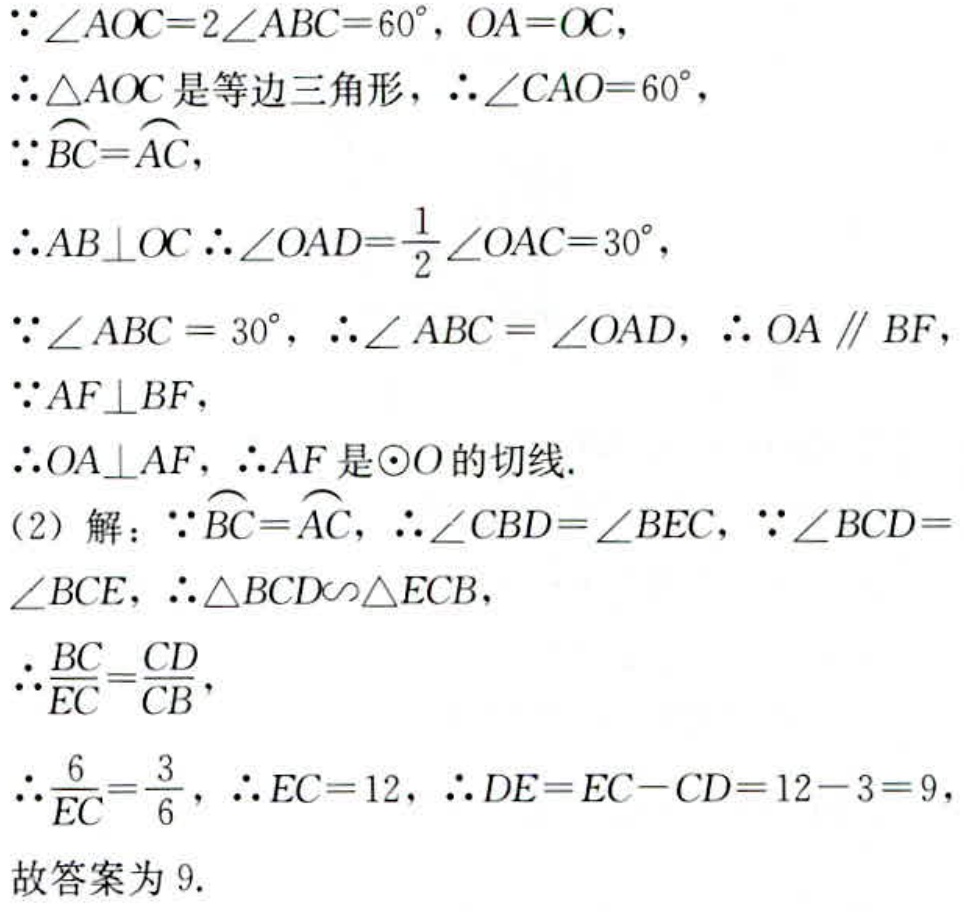
\(\because\angle AOC = 2\angle ABC=60^{\circ}, OA = OC\)，
\(\therefore\triangle AOC\)是等边三角形，\(\therefore\angle CAO = 60^{\circ}\)，
\(\because\overset{\frown}{BC}=\overset{\frown}{AC}\)，
\(\therefore AB\perp OC\) \(\therefore\angle OAD=\frac{1}{2}\angle OAC = 30^{\circ}\)，
\(\because\angle ABC = 30^{\circ}\)，\(\therefore\angle ABC=\angle OAD\)，\(\therefore OA\parallel BF\)，
\(\because AF\perp BF\)，
\(\therefore OA\perp AF\)，\(\therefore AF\)是\(\odot O\)的切线.
(2) 解：\(\because\overset{\frown}{BC}=\overset{\frown}{AC}\)，\(\therefore\angle CBD=\angle BEC\)，\(\because\angle BCD = \angle BCE\)，\(\therefore\triangle BCD\sim\triangle ECB\)，
\(\therefore\frac{BC}{EC}=\frac{CD}{CB}\)，
\(\therefore\frac{6}{EC}=\frac{3}{6}\)，\(\therefore EC = 12\)，\(\therefore DE=EC - CD=12 - 3 = 9\)，
故答案为 \(9\).